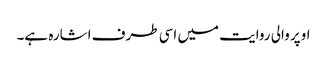
اوپر والی روایت میں اسی طرف اشارہ ہے۔